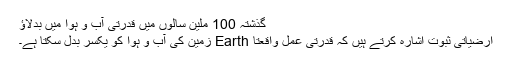
گذشتہ 100 ملین سالوں میں قدرتی آب و ہوا میں بدلاؤ
ارضیاتی ثبوت اشارہ کرتے ہیں کہ قدرتی عمل واقعتا Earth زمین کی آب و ہوا کو یکسر بدل سکتا ہے۔